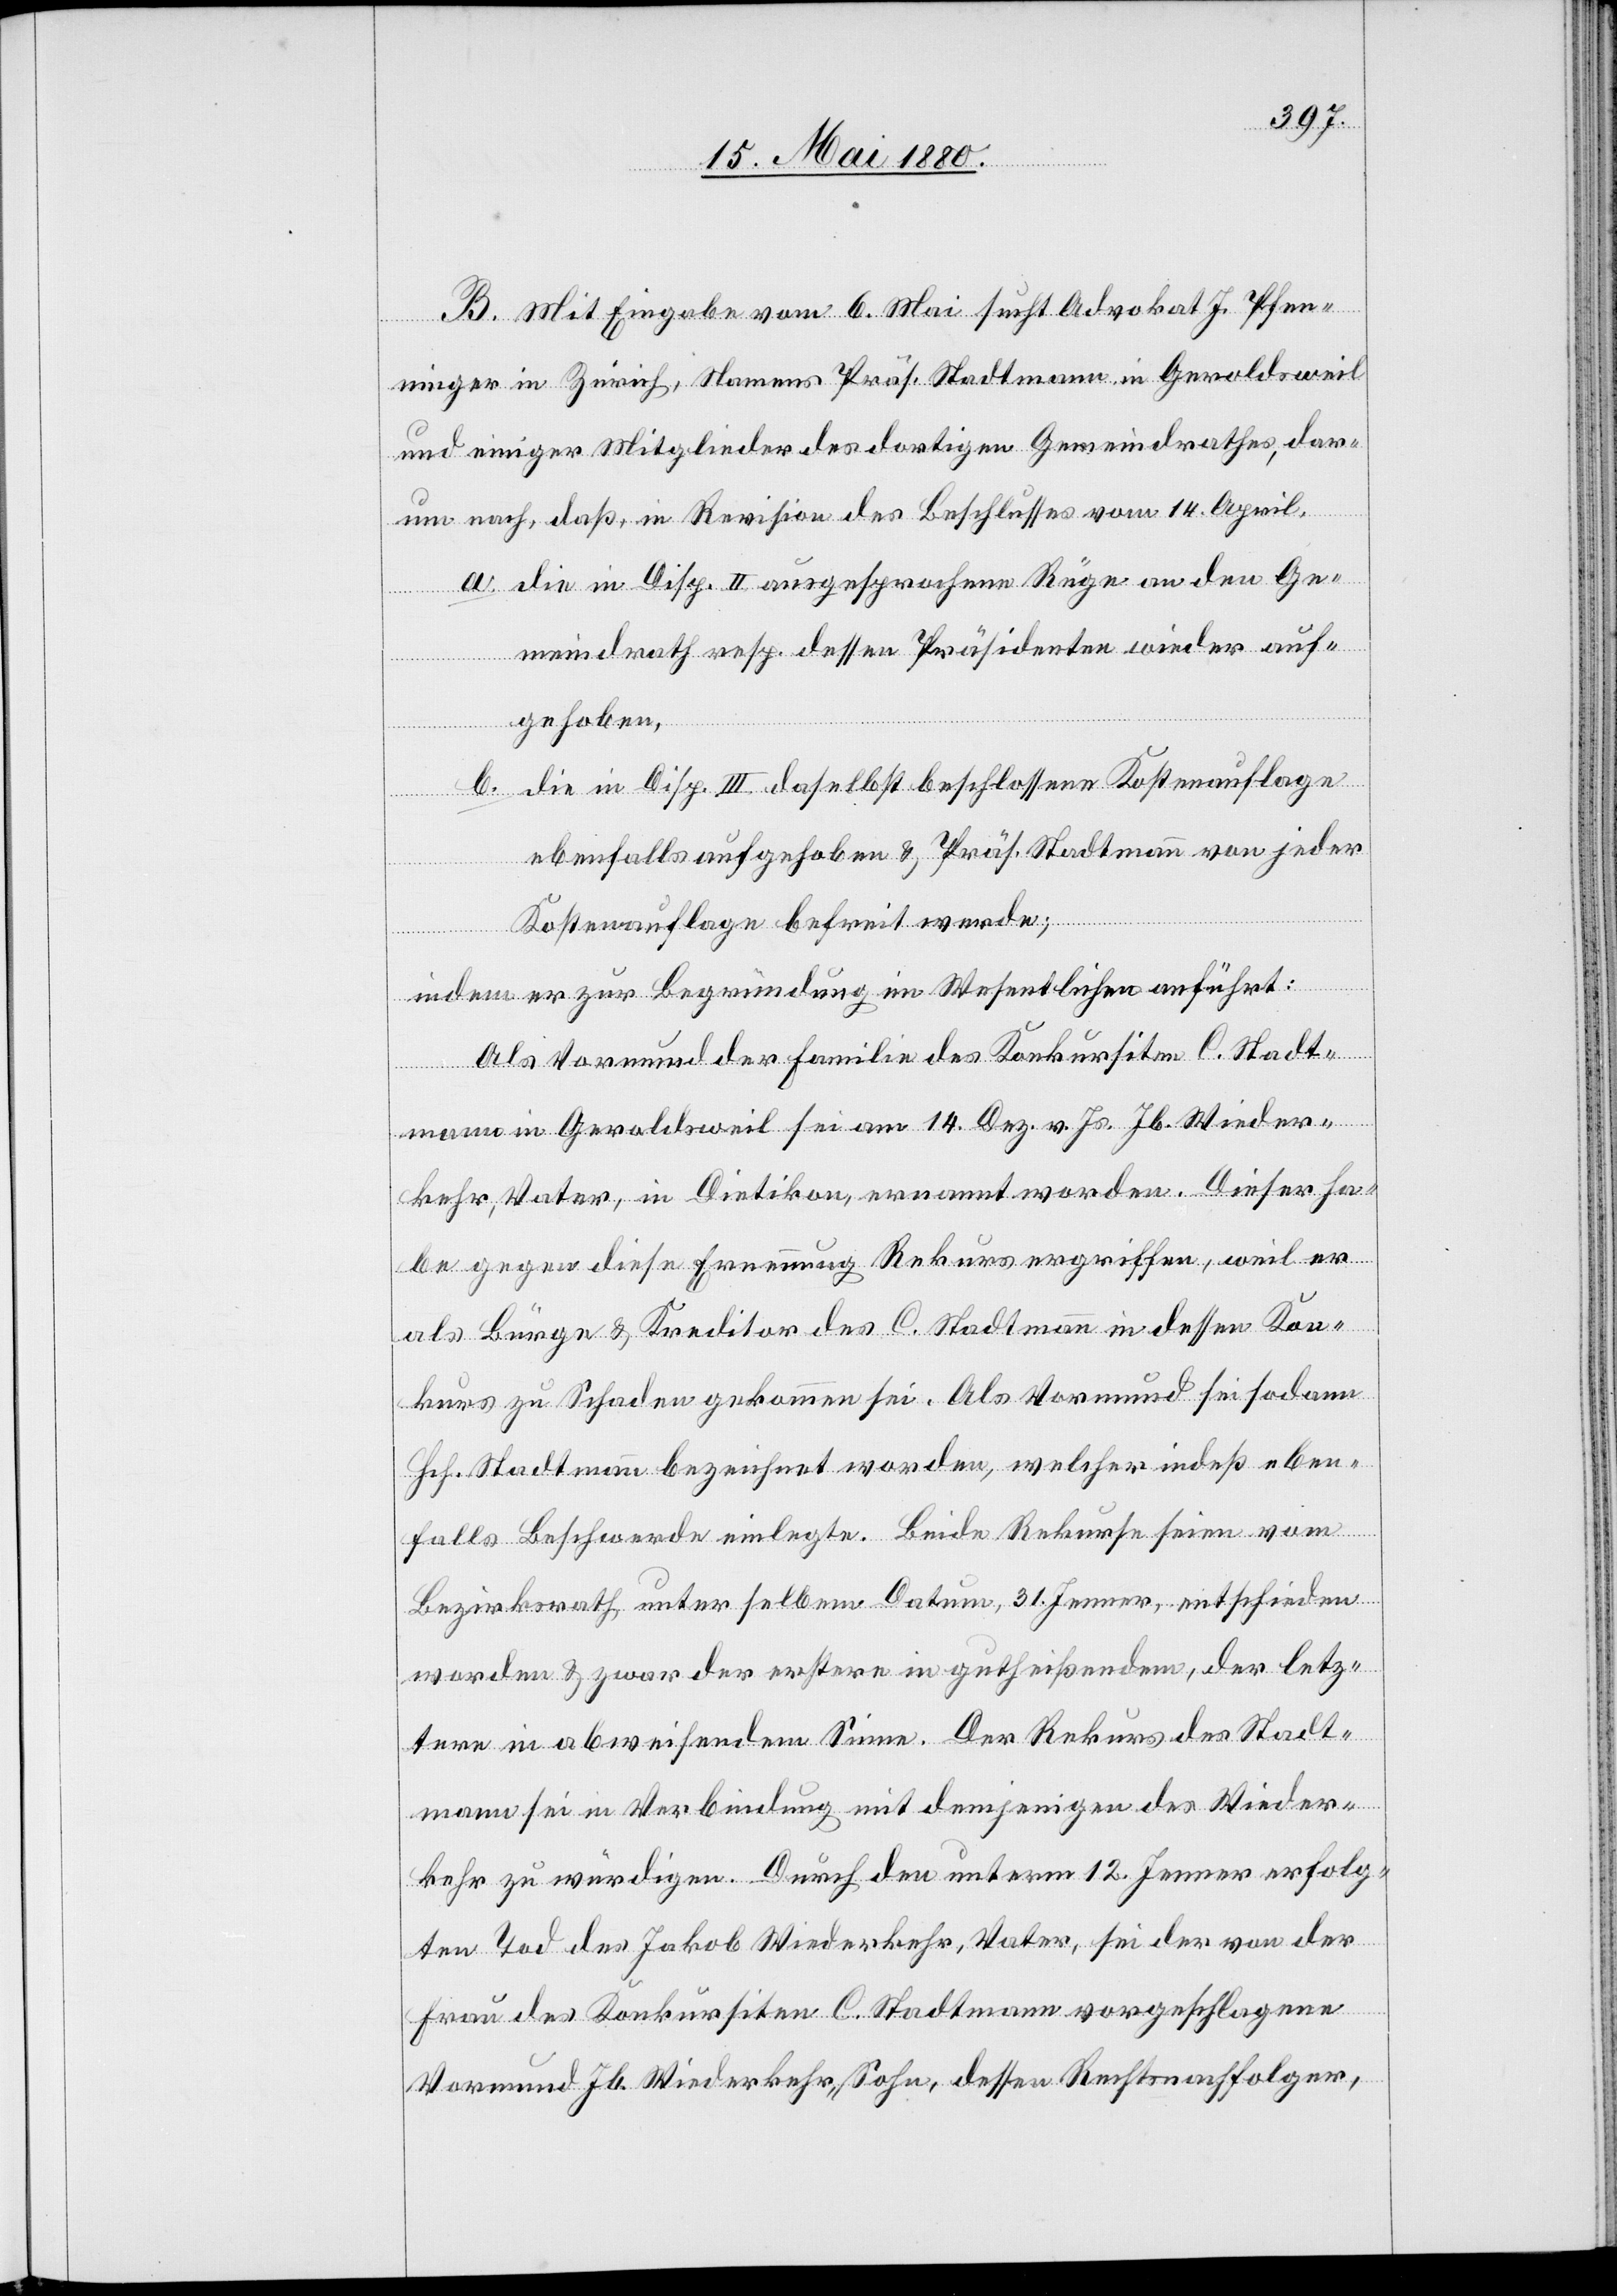
B. Mit Eingabe vom 6. Mai sucht Advokat J. Pfen¬
ninger in Zürich, Namens Präs. Stadtmann in Geroldsweil
und einiger Mitglieder des dortigen Gemeindrathes, dar¬
um nach, daß, in Revision des Beschlusses vom 14. April,
a. die in Disp. II ausgesprochene Rüge an den Ge¬
meindrath resp. dessen Präsidenten wieder auf¬
gehoben,
b. die in Disp. III daselbst beschlossene Kostenauflage
ebenfalls aufgehoben & Präs. Stadtmann von jeder
Kostenauflage befreit werde;
indem er zur Begründung im Wesentlichen anführt:
Als Vormund der Familie des Konkursiten C. Stadt¬
mann in Geroldsweil sei am 14. Dez. v. Js. Jb. Wieder¬
kehr, Vater, in Dietikon, ernannt worden. Dieser ha¬
be gegen diese Ernennung Rekurs ergriffen, weil er
als Bürge & Kreditor des C. Stadtmann in dessen Kon¬
kurs zu Schaden gekommen sei. Als Vormund sei sodann
Hch. Stadtmann bezeichnet worden, welcher indeß eben¬
falls Beschwerde einlegte. Beide Rekurse seien vom
Bezirksrath unter selbem Datum, 31. Jenner, entschieden
worden & zwar der erstere in gutheißendem, der letz¬
tere in abweisendem Sinne. Der Rekurs des Stadt¬
mann sei in Verbindung mit demjenigen des Wieder¬
kehr zu würdige. Durch den unterm 12. Jenner erfolg¬
ten Tod des Jakob Wiederkehr, Vater, sei der von der
Frau des Konkursiten C. Stadtmann vorgeschlagene
Vormund Jb. Wiederkehr, Sohn, dessen Rechtsnachfolger,